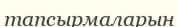
тапсырмаларын